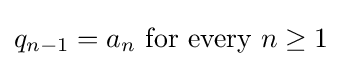
q_{n-1}=a_{n}{\text{ for every }}n\geq 1